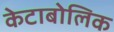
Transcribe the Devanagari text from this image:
केटाबोलिक